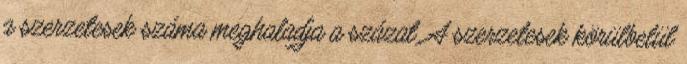
a szerzetesek száma meghaladja a százat. A szerzetesek körülbelül